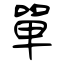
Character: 單